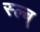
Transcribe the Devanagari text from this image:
स्ल्ब्